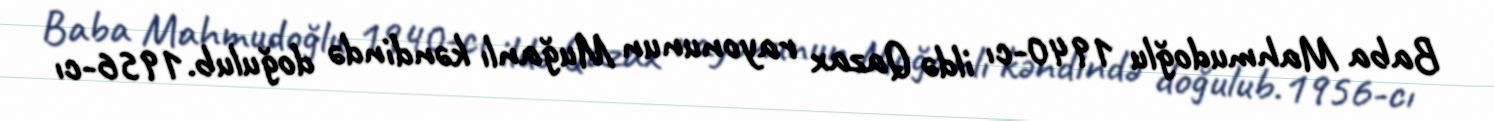
Baba Mahmudoğlu 1940-cı ildə Qazax rayonunun Muğanlı kəndində doğulub.1956-cı